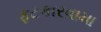
ફટકારવામા